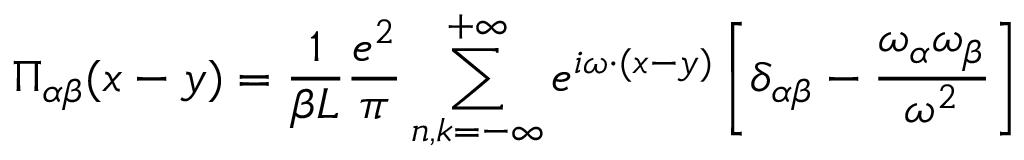
\Pi _ { \alpha \beta } ( x - y ) = \frac { 1 } { \beta L } \frac { e ^ { 2 } } { \pi } \sum _ { n , k = - \infty } ^ { + \infty } e ^ { i \omega \cdot ( x - y ) } \left[ \delta _ { \alpha \beta } - \frac { \omega _ { \alpha } \omega _ { \beta } } { \omega ^ { 2 } } \right]